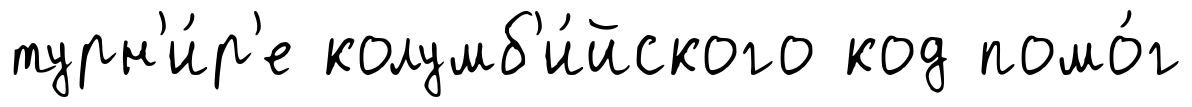
турн'и́р'е колумб'и́йского код помо́г